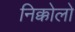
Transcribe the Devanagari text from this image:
निक्कोलो